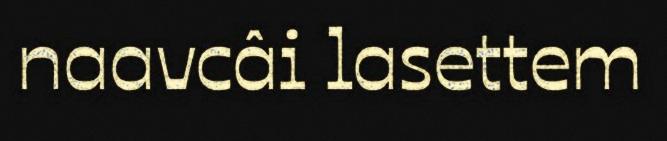
naavcâi lasettem